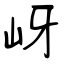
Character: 岈